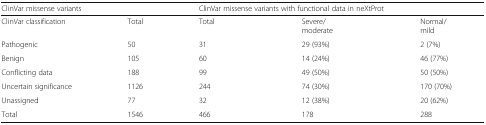
<table><thead><tr><td colspan="2"><b>ClinVar missense variants</b></td><td colspan="3"><b>ClinVar missense variants with functional data in neXtProt</b></td></tr></thead><tbody><tr><td>ClinVar classification</td><td>Total</td><td>Total</td><td>Severe/moderate</td><td>Normal/mild</td></tr><tr><td>Pathogenic</td><td>50</td><td>31</td><td>29 (93%)</td><td>2 (7%)</td></tr><tr><td>Benign</td><td>105</td><td>60</td><td>14 (24%)</td><td>46 (77%)</td></tr><tr><td>Conflicting data</td><td>188</td><td>99</td><td>49 (50%)</td><td>50 (50%)</td></tr><tr><td>Uncertain significance</td><td>1126</td><td>244</td><td>74 (30%)</td><td>170 (70%)</td></tr><tr><td>Unassigned</td><td>77</td><td>32</td><td>12 (38%)</td><td>20 (62%)</td></tr><tr><td>Total</td><td>1546</td><td>466</td><td>178</td><td>288</td></tr></tbody></table>